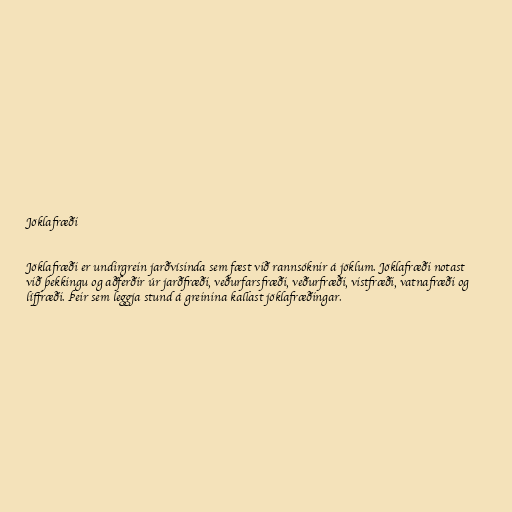
Jöklafræði

Jöklafræði er undirgrein jarðvísinda sem fæst við rannsóknir á jöklum. Jöklafræði notast
við þekkingu og aðferðir úr jarðfræði, veðurfarsfræði, veðurfræði, vistfræði, vatnafræði og
líffræði. Þeir sem leggja stund á greinina kallast jöklafræðingar.